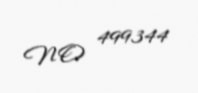
NO 499344